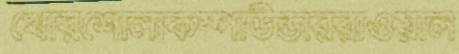
খোরশোলাকম্পাউন্ডাররাওয়াল